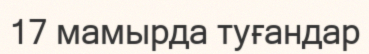
17 мамырда туғандар